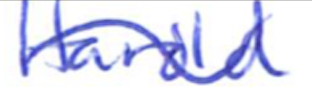
Text: Harold
Cross-out: wave
Writing tool: ballpoint